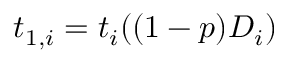
t _ { 1 , i } = t _ { i } ( ( 1 - p ) D _ { i } )